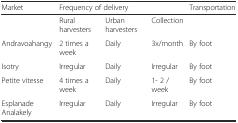
| Market | <COLSPAN=3> Frequency of delivery | Transportation |
 | --- | --- | --- | --- | --- |
 |  | Rural harvesters | Urban harvesters | Collection |  |
 | Andravoahangy | 2 times a week | Daily | 3x/month | By foot |
 | Isotry | Irregular | Daily | Irregular | By foot |
 | Petite vitesse | 4 times a week | Daily | 1- 2 / week | By foot |
 | Esplanade Analakely | Irregular | Daily | Irregular | By foot |